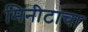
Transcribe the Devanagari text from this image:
मिनीटाचा